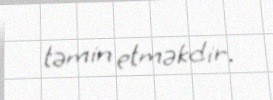
təmin etməkdir.